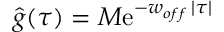
\hat { g } ( \tau ) = M \mathrm { e } ^ { - w _ { o f f } \, | \tau | }